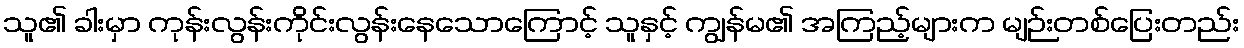
သူ၏ ခါးမှာ ကုန်းလွန်းကိုင်းလွန်းနေသောကြောင့် သူနှင့် ကျွန်မ၏ အကြည့်များက မျဉ်းတစ်ပြေးတည်း